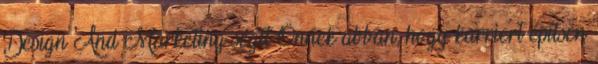
Design And Marketing segít Önnek abban, hogy karriert építsen